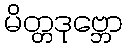
မိတ္တဒုဗ္ဘော